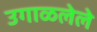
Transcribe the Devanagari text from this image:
उगाळलेले